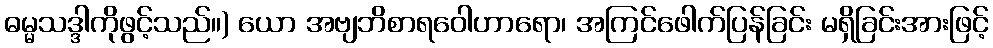
ဓမ္မသဒ္ဒါကိုဖွင့်သည်။) ယော အဗျဘိစာရဝေါဟာရော၊ အကြင်ဖေါက်ပြန်ခြင်း မရှိခြင်းအားဖြင့်